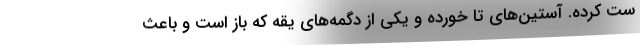
ست کرده. آستین‌های تا خورده و یکی از دگمه‌های یقه که باز است و باعث